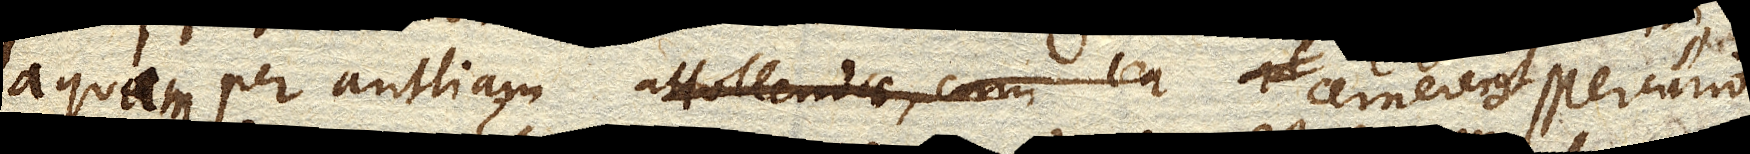
aquae per antliam attollendae, cumaquam per antliam elevabilem, cernerent Mercurio